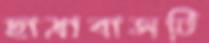
ছাত্রাবাসটি